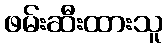
ဖမ်းဆီးထားသူ